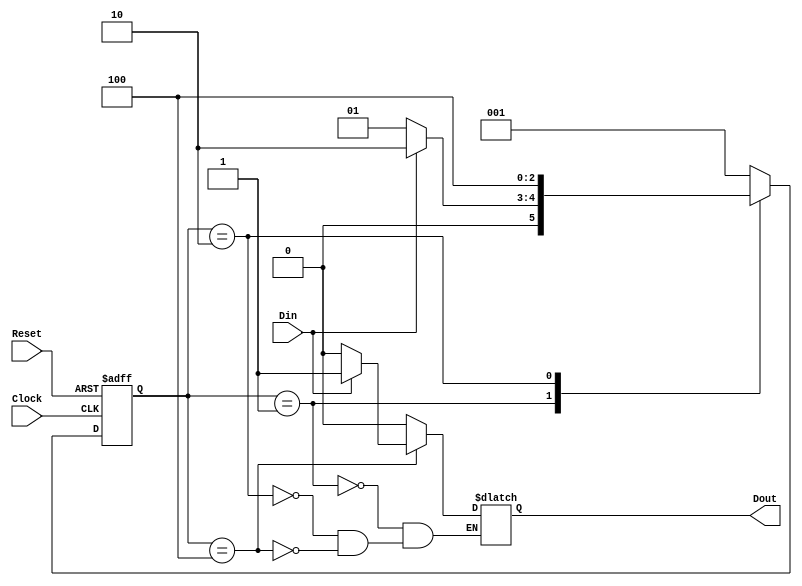
module fsm1_behavioral_one_hot (output reg Dout,
	 		input wire Clock, Reset, Din);
	
	reg [2:0] current_state, next_state;
	parameter Start = 3'b001,
		  Midway = 3'b010,
		  Done = 3'b100;

	// Apothikeush Katastashs---------------------------------
	always @ (posedge Clock or negedge Reset)
	 begin: STATE_MEMORY
	  if (!Reset)
		current_state <= Start;
	  else
		current_state <= next_state;
	end

	// Gia Epomenh Katastash--------------------------------------
	always @ (current_state or Din)
	 begin: NEXT_STATE_LOGIC
	  case (current_state)
	   Start : if (Din==1'b1) next_state = Midway;
		   else next_state = Start;
	   Midway : next_state = Done;
	   Done : next_state = Start;
	   default : next_state = Start;
	  endcase
	end

	// Exodos-------------------------------------------------------
	always @ (current_state or Din)
	 begin: OUTPUT_LOGIC
	  case (current_state)
	   Start : Dout = 1'b0;
	   Midway : Dout = 1'b0;
	   Done : if (Din==1) Dout=1'b1;
		  else Dout = 1'b0;
	  endcase
	end

endmodule